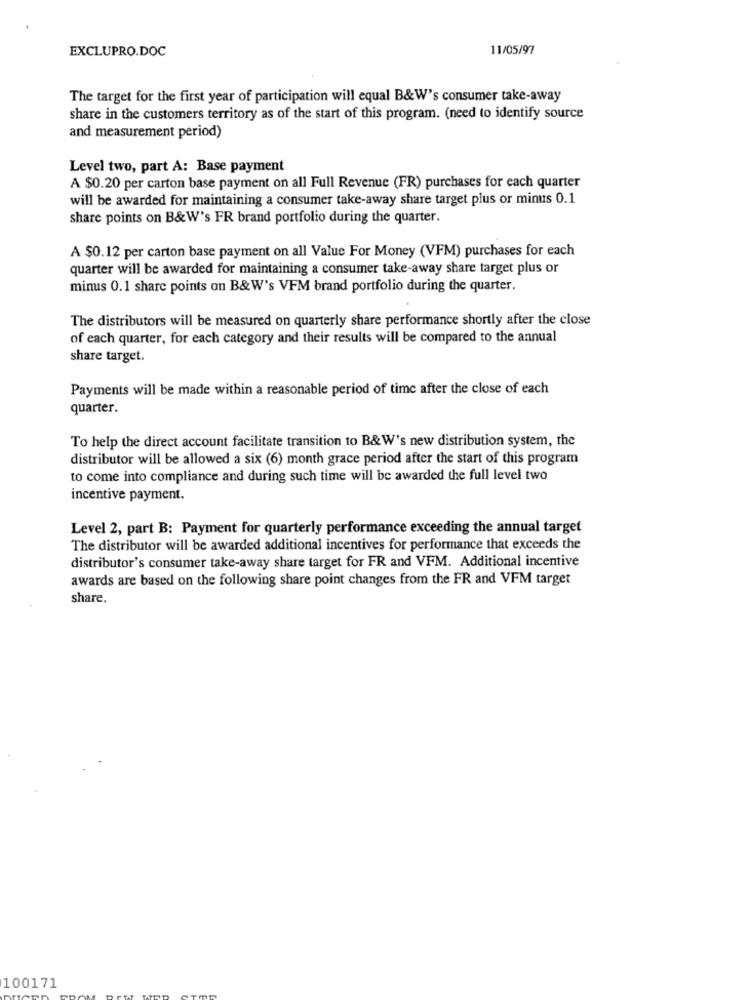
11/05/97
EXCLUPRO.DOC
The target for the first year of participation will equal B&W's consumer take-away
share in the customers territory as of the start of this program. (need to identify source
and measurement period)
Level two, part A: Base payment
A $0.20 per carton base payment on all Full Revenue (FR) purchases for each quarter
will be awarded for maintaining a consumer take-away share target plus or minus 0.1
share points on B&W's FR brand portfolio during the quarter.
A $0.12 per carton base payment on all Value For Money (VFM) purchases for each
quarter will be awarded for maintaining a consumer take-away share target plus or
minus 0.1 share points on B&W's VFM brand portfolio during the quarter.
The distributors will be measured on quarterly share performance shortly after the close
of each quarter, for each category and their results will be compared to the annual
share target.
Payments will be made within a reasonable period of time after the close of each
quarter.
To help the direct account facilitate transition to B&W's new distribution system, the
distributor will be allowed a six (6) month grace period after the start of this program
to come into compliance and during such time will be awarded the full level two
incentive payment.
Level 2, part B: Payment for quarterly performance exceeding the annual target
The distributor will be awarded additional incentives for performance that exceeds the
distributor's consumer take-away share target for FR and VFM. Additional incentive
awards are based on the following share point changes from the FR and VFM target
share.
100171